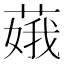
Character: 𦶥